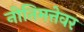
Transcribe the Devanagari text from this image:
नीतिमत्तेवर